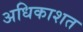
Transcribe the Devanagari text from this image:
अधिकाशत